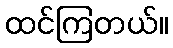
ထင်ကြတယ်။